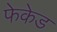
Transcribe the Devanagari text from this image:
फेकेड